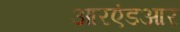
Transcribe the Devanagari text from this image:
आरएंडआर